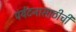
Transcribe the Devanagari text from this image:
पर्यटनासाठीची